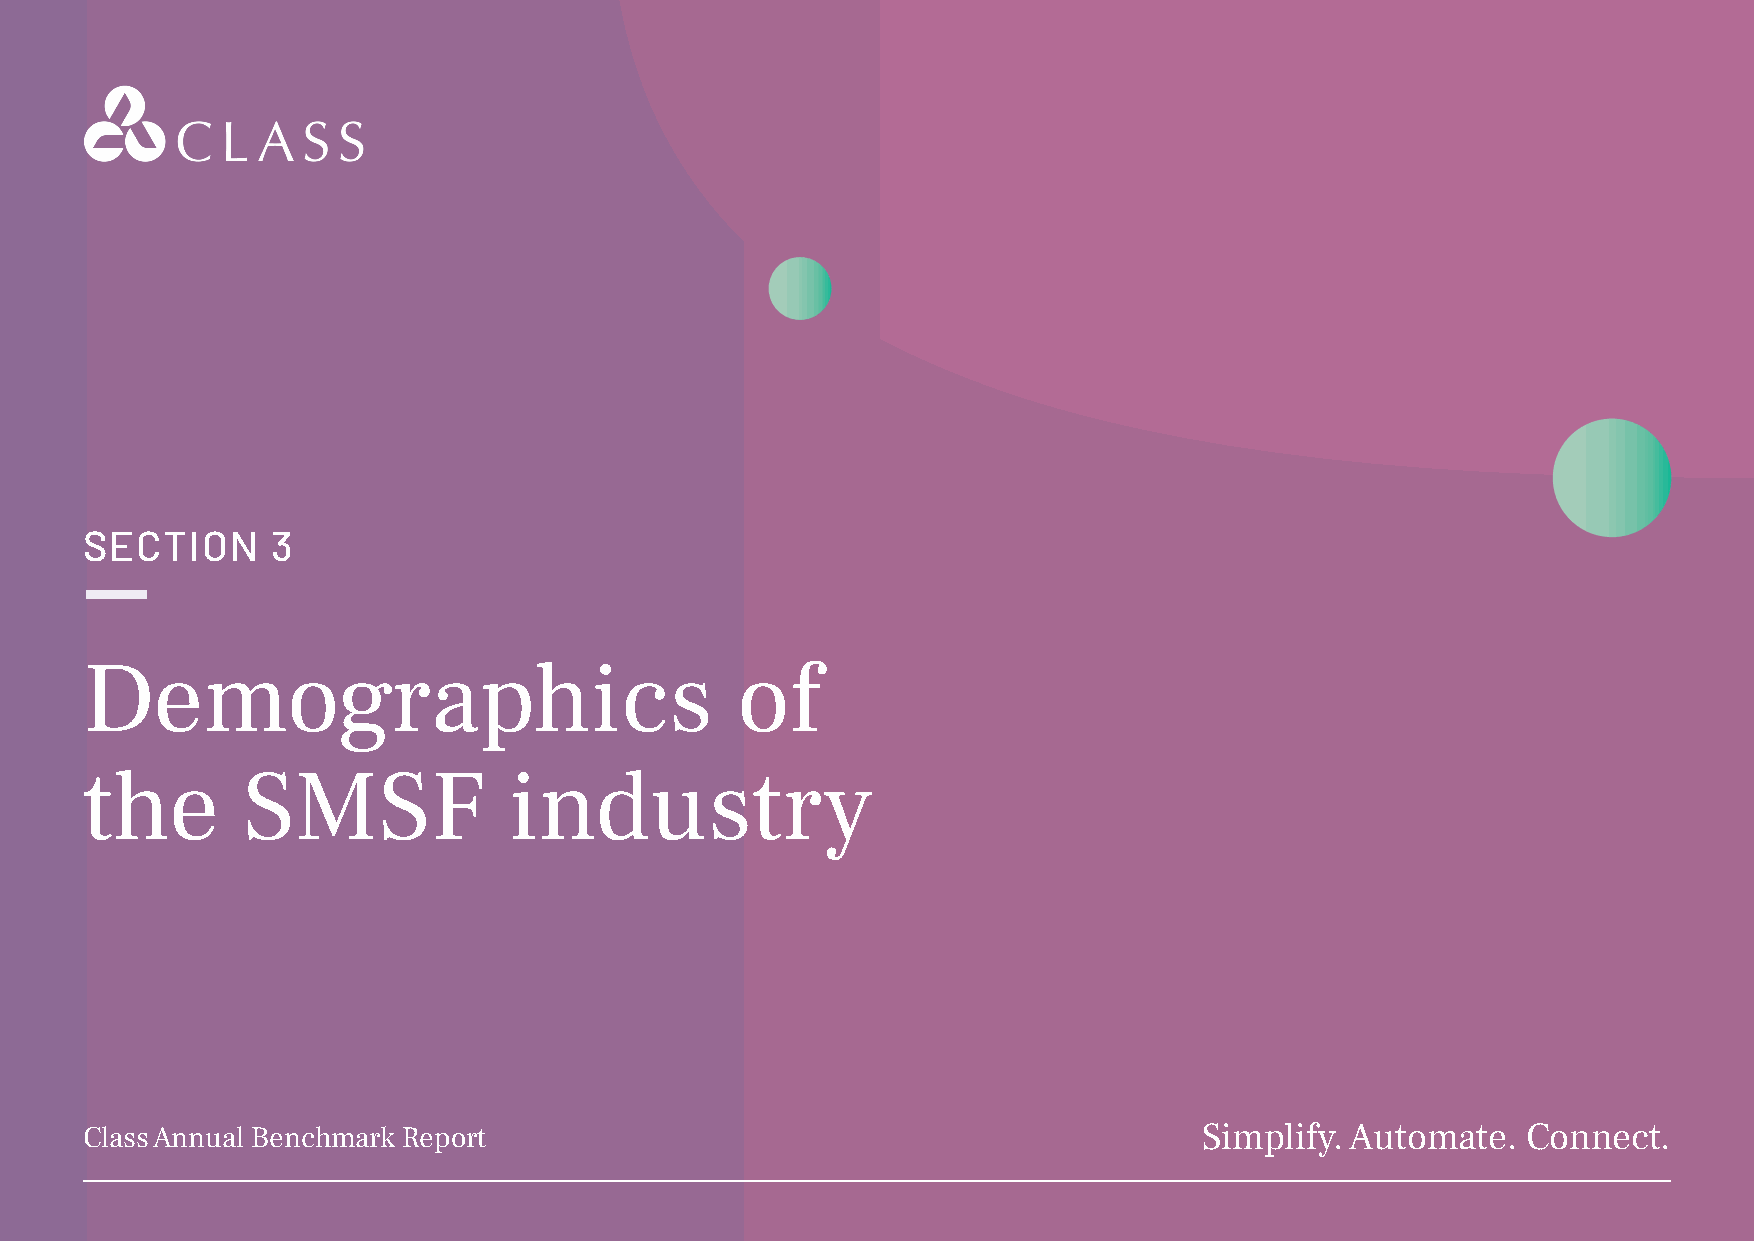
SECTION      3
 Demographics                                of
 the        SMSF              industry
 Class Annual Benchmark Report                                              Simplify. Automate.  Connect.